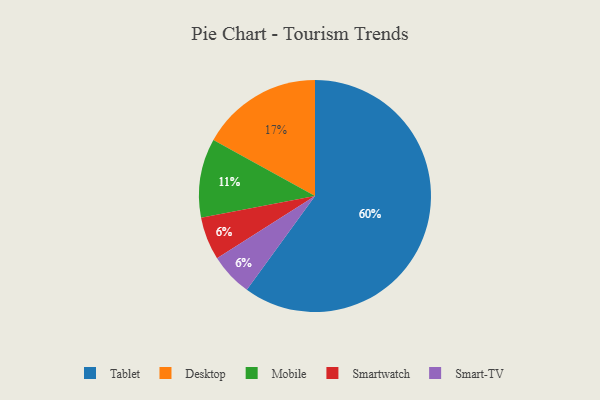
{"axis": {"x": "Category", "y": "Percentage"}, "legend": ["Desktop", "Mobile", "Smart-TV", "Smartwatch", "Tablet"], "data": [{"x": "Tablet", "y": 60, "type": "Tablet"}, {"x": "Smartwatch", "y": 6, "type": "Smartwatch"}, {"x": "Smart-TV", "y": 6, "type": "Smart-TV"}, {"x": "Desktop", "y": 17, "type": "Desktop"}, {"x": "Mobile", "y": 11, "type": "Mobile"}]}